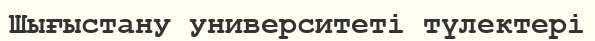
Шығыстану университеті түлектері